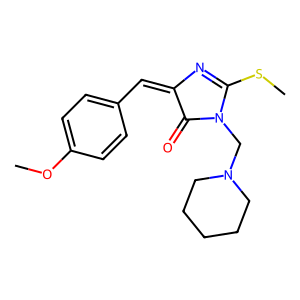
SMILES: COc1ccc(C=C2N=C(SC)N(CN3CCCCC3)C2=O)cc1
Inhibits HIV replication: No